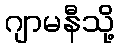
ဂျာမနီသို့